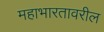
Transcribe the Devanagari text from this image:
महाभारतावरील